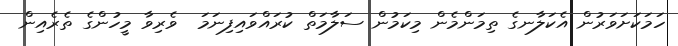
ހަމަކަށަވަރުން އެކަލާނގެ ތިމަންމެން މިކަމުން ސަލާމަތް ކުރައްވައިފިނަމަ  ވެރިވާ މީހުންގެ ތެރެއިން